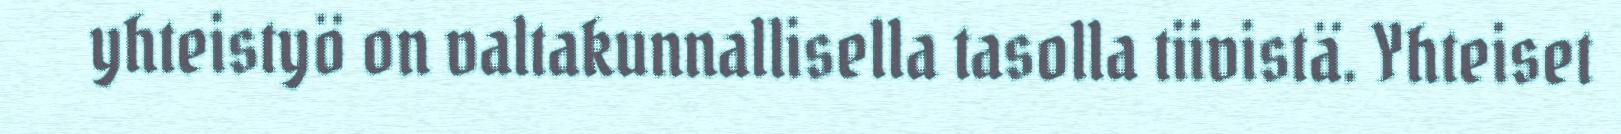
yhteistyö on valtakunnallisella tasolla tiivistä. Yhteiset